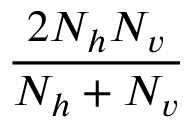
\frac { 2 N _ { h } N _ { v } } { N _ { h } + N _ { v } }